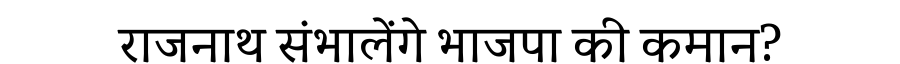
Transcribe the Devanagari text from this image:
राजनाथ संभालेंगे भाजपा की कमान?